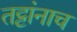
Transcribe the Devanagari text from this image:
तट्टांनाच